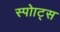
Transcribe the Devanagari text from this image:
स्पोाट्स